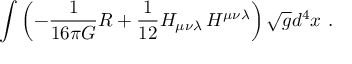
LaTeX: \int \left( - { \frac { 1 } { 1 6 \pi G } } R + { \frac { 1 } { 1 2 } } H _ { \mu \nu \lambda } \, H ^ { \mu \nu \lambda } \right) \sqrt { g } d ^ { 4 } x \, \, . \nonumber